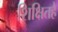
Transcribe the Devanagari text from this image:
शिक्षितहै